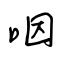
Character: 咽